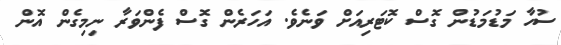
ސުހާ މަޑުމަޑުން ގޮސް ކޮޓަރިއަށް ވަނެވެ. އަހަރެން ގޮސް ފެންވަރާ ނިމިގެން އޮން